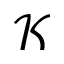
\mathscr { K }